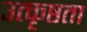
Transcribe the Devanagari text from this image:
उत्कृष्ठता